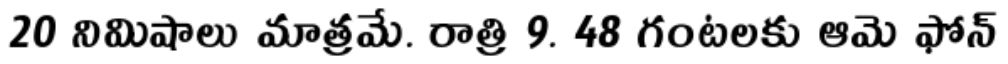
20 నిమిషాలు మాత్రమే. రాత్రి 9. 48 గంటలకు ఆమె ఫోన్